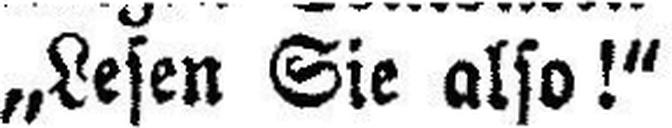
„Lesen Sie also!“